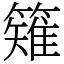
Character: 䉜